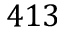
4 1 3